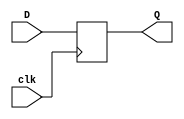
//-----------------------------------------------------------------------------
//
// Title       : An Edge Triggered D Flip Flop
// Design      : Rising Edge D Flip Flop
// Company     : -
//
//-----------------------------------------------------------------------------
//
// Generated   : Sun Oct 30 00:10:03 2022
// From        : interface description file
// By          : Hamid.Gh
//
//-----------------------------------------------------------------------------
//
// Description : A simple rising edge triggered D Flip Flop with no 'Reset' control input.
//               Clock speed: 50ns 
//               Input period: 100ns
//				 Waveform duration: 1000 ns
//-----------------------------------------------------------------------------	 

`timescale 1 ns / 1 ps

module DFF (input D, clk , output reg Q);		  	
	always @ (posedge clk) begin
		Q <= D;
	end		
endmodule